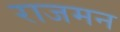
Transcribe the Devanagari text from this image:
राजमन